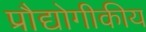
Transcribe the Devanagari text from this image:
प्रौद्योगीकीय